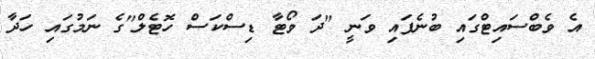
އެ ވެބްސައިޓްގައި ބުނެފައި ވަނީ "ދަ ވޯޓާ ޑިސްކަސް ހޮޓެލް"ގެ ނަމުގައި ހަދާ